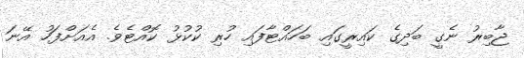
ޖާބިރު ނެގީ ބަދިގެ ކައިރީގައި ބަހައްޓާފައި ހުރި ކުކުޅު ކޮއްޓެވެ. އެއަށްފަހު އޭނަ